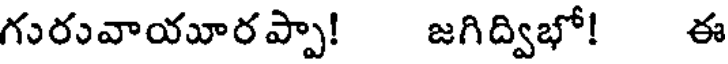
గురువాయూరప్పా! జగిద్విభో! ఈ